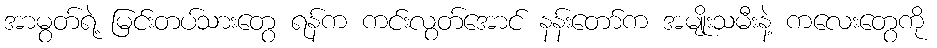
အာမွတ်ရဲ့ မြင်းတပ်သားတွေ ရန်က ကင်းလွတ်အောင် နန်းတော်က အမျိုးသမီးနဲ့ ကလေးတွေကို